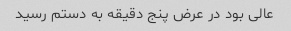
عالی بود در عرض پنج دقیقه به دستم رسید